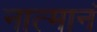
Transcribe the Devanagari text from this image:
नात्मानं